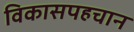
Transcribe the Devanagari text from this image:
विकासपहचान